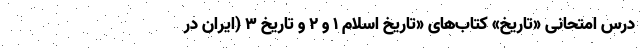
درس امتحانی «تاریخ» کتاب‌های «تاریخ اسلام ۱ و ۲ و تاریخ ۳ (ایران در